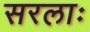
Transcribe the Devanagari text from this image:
सरलाः